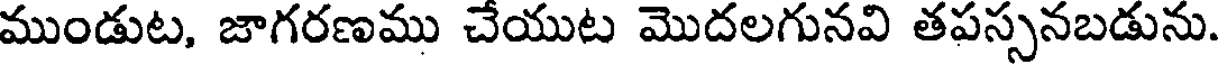
ముండుట, జాగరణము చేయుట మొదలగునవి తపస్సనబడును.